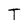
Character: T